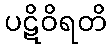
ပဋိဝိရတိ